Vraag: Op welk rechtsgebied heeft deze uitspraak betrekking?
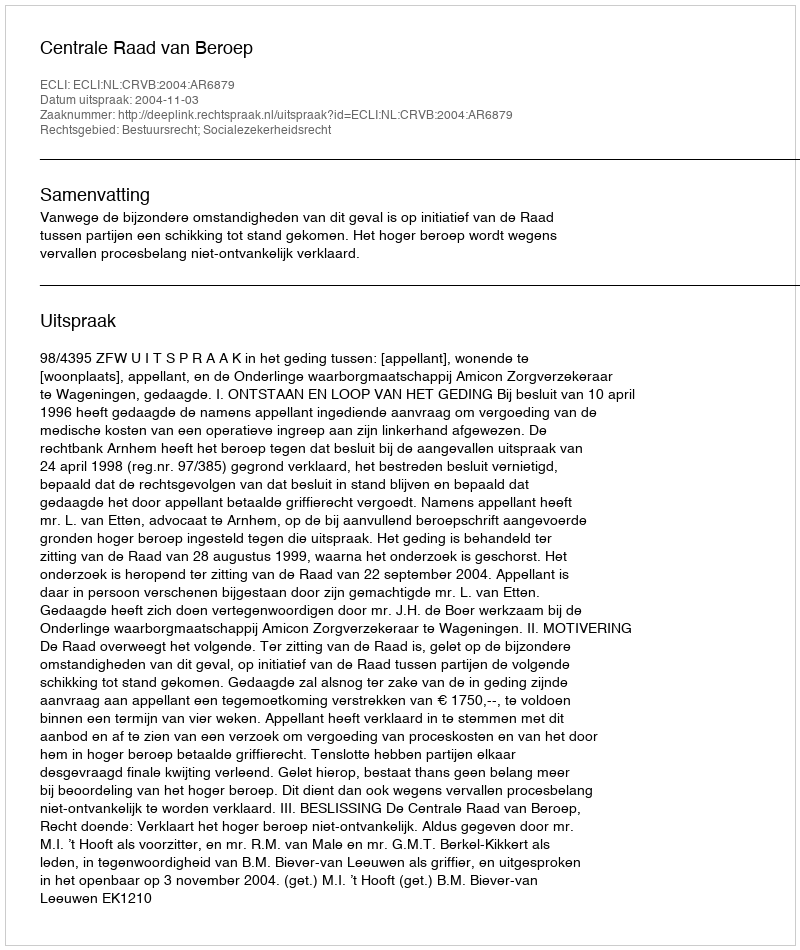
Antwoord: Bestuursrecht; Socialezekerheidsrecht